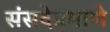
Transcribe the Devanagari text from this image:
संसदेप्रमाणे